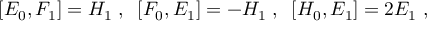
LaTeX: [ E _ { 0 } , F _ { 1 } ] = H _ { 1 } \; , \; \; [ F _ { 0 } , E _ { 1 } ] = - H _ { 1 } \; , \; \; [ H _ { 0 } , E _ { 1 } ] = 2 E _ { 1 } \; ,